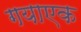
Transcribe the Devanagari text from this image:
गयाएक